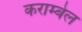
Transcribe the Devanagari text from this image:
कराम्बेल